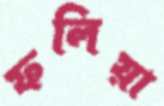
ফলিয়া